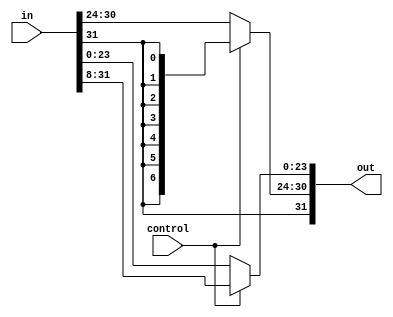
module shift_ari_right_8(out, in, control);
    input [31:0] in;
    input control;
    output [31:0] out;

    assign out[31:24] = control ? {8{in[31]}} : in[31:24];
    assign out[23:0] = control ? in[31:8] : in[23:0];
endmodule